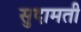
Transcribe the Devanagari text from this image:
सुदामती